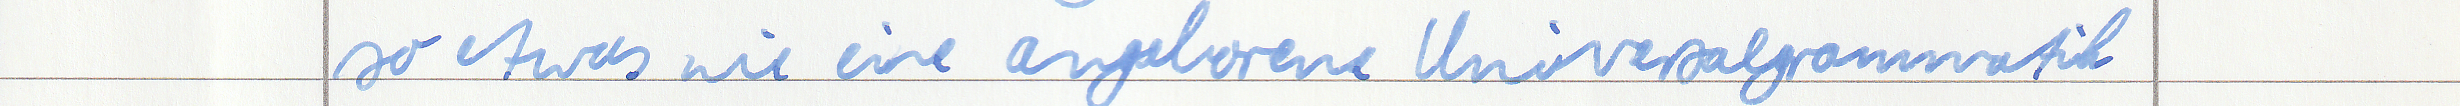
so etwas wie eine angeborene Universalgrammatik